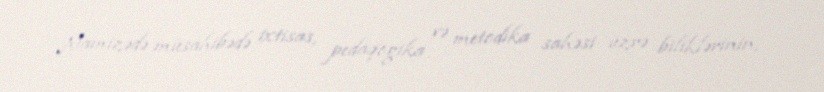
Namizədə müsahibədə ixtisas, pedaqogika və metodika sahəsi üzrə biliklərinin,